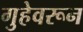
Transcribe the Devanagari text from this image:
गुहेवरून